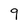
Character: 9